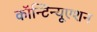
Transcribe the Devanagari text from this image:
कॉन्‍टिन्‍यूएशन